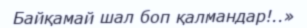
Байқамай шал боп қалмандар!..»